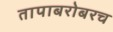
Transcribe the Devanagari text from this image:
तापाबरोबरच